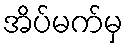
အိပ်မက်မှ